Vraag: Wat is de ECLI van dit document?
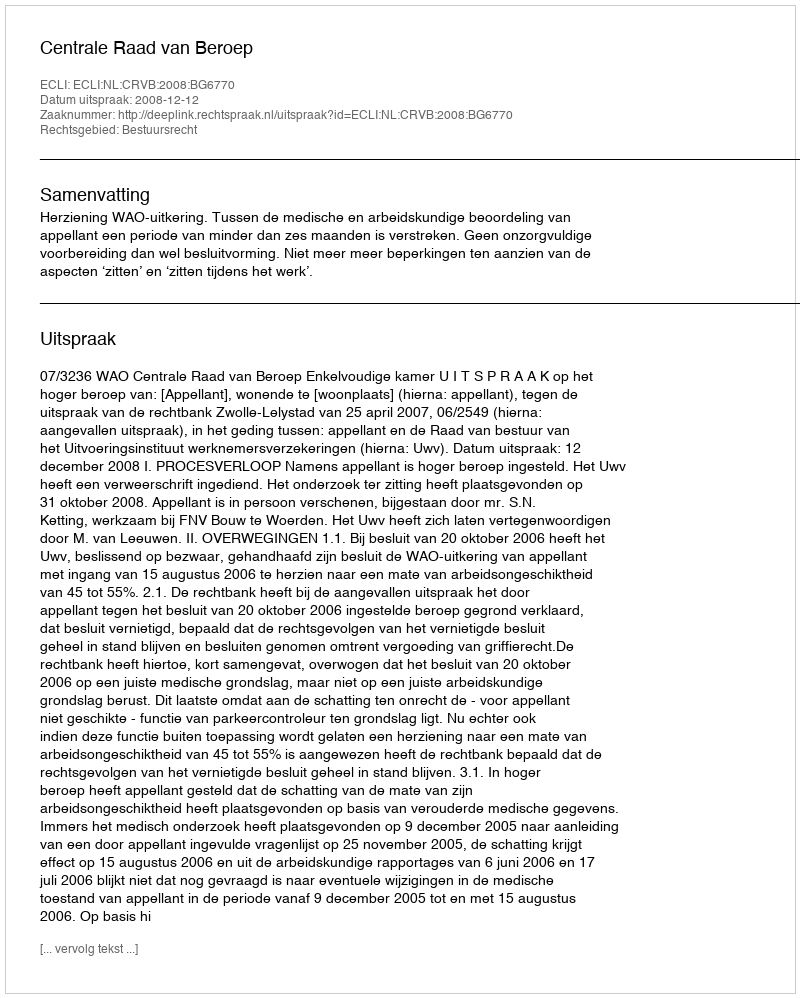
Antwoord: ECLI:NL:CRVB:2008:BG6770